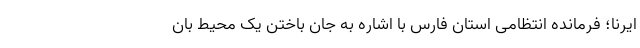
ایرنا؛ فرمانده انتظامی استان فارس با اشاره به جان باختن یک محیط بان